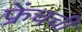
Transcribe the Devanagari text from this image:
फ्रेंचची